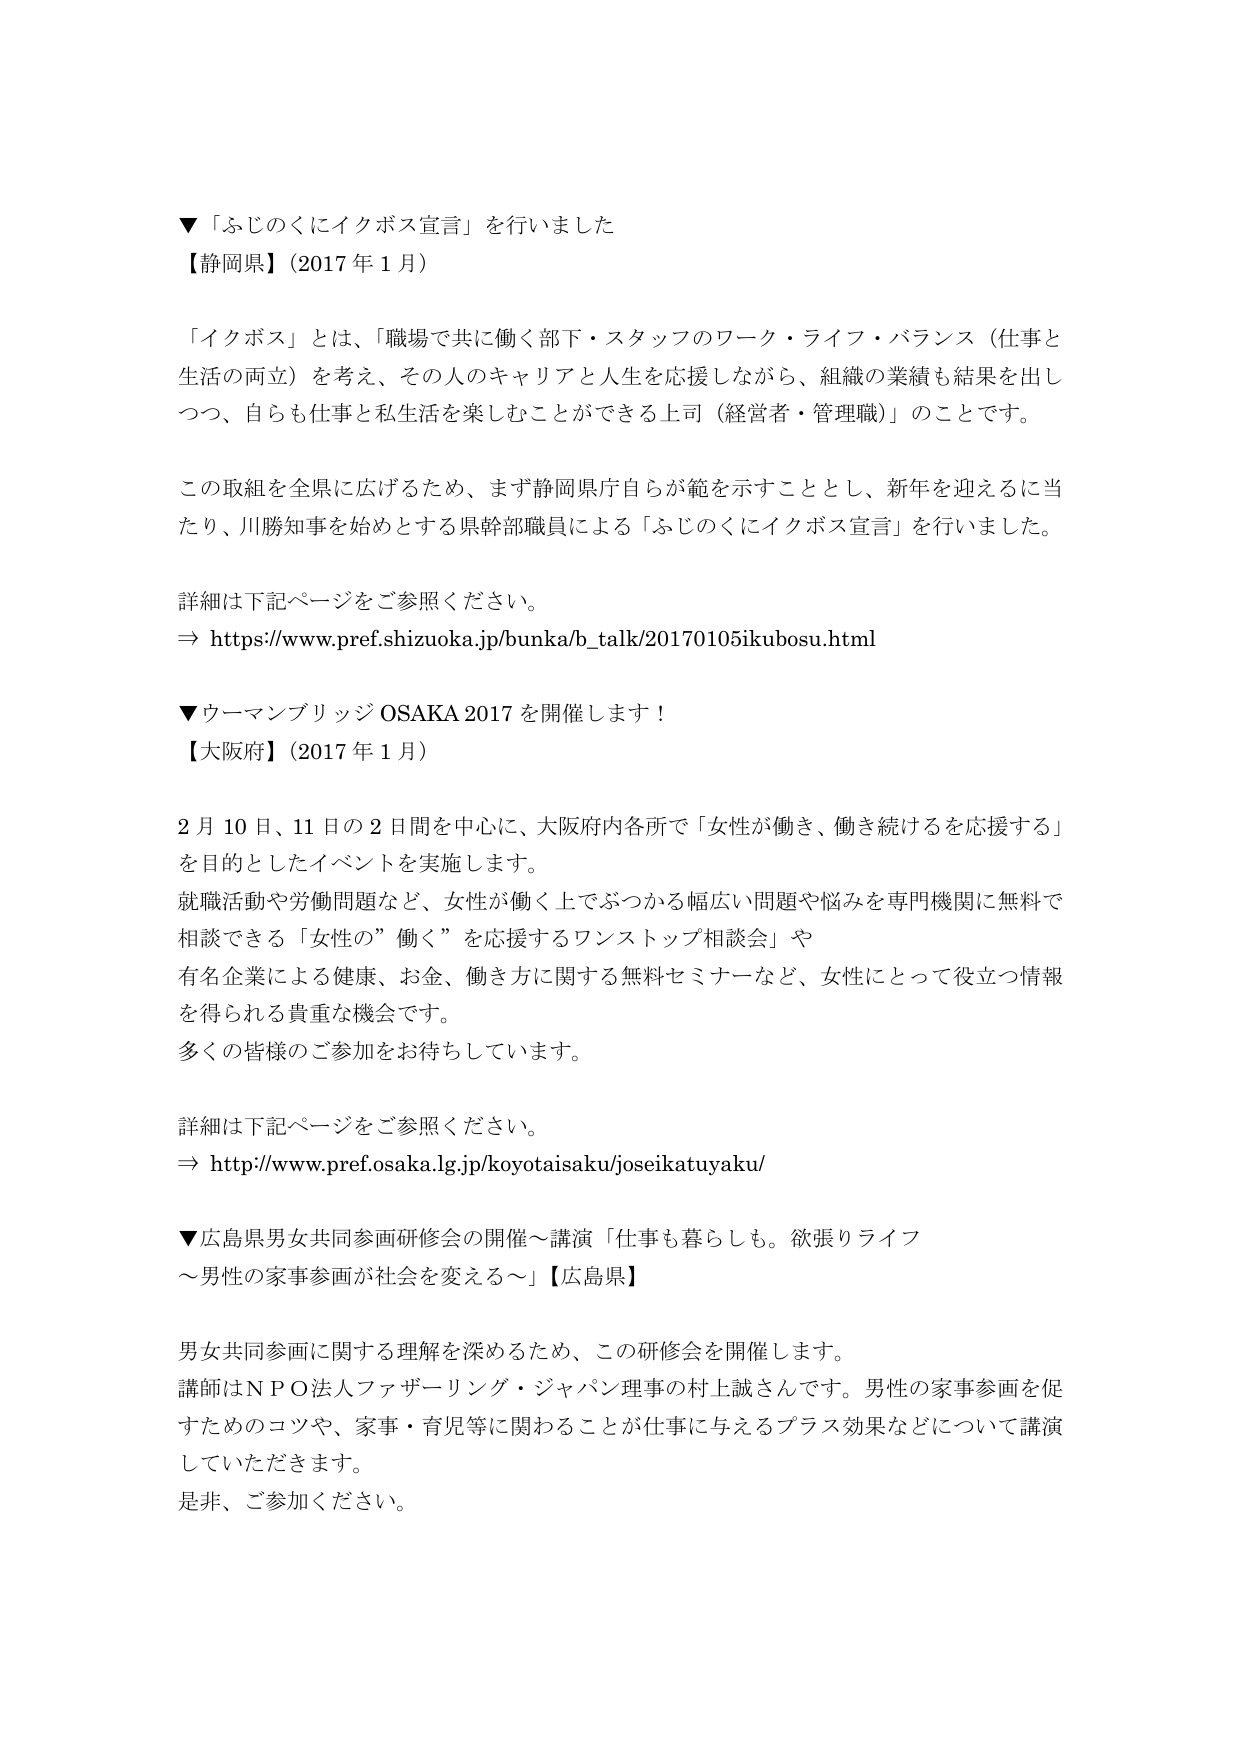
▼「ふじのくにイクボス宣言」を行いました
【静岡県】（2017年1月）

「イクボス」とは、「職場で共に働く部下・スタッフのワーク・ライフ・バランス（仕事と生活の両立）を考え、その人のキャリアと人生を応援しながら、組織の業績も結果を出しつつ、自らも仕事と私生活を楽しむことができる上司（経営者・管理職）」のことです。

この取組を全県に広げるため、まず静岡県庁自らが範を示すこととし、新年を迎えるに当たり、川勝知事を始めとする県幹部職員による「ふじのくにイクボス宣言」を行いました。

詳細は下記ページをご参照ください。
⇒ https://www.pref.shizuoka.jp/bunka/b_talk/20170105ikubosu.html

▼ウーマンブリッジOSAKA 2017を開催します！
【大阪府】（2017年1月）

2月10日、11日の2日間を中心に、大阪府内各所で「女性が働き、働き続けるを応援する」を目的としたイベントを実施します。
就職活動や労働問題など、女性が働く上でぶつかる幅広い問題や悩みを専門機関に無料で相談できる「女性の”働く”を応援するワンストップ相談会」や
有名企業による健康、お金、働き方に関する無料セミナーなど、女性にとって役立つ情報を得られる貴重な機会です。
多くの皆様のご参加をお待ちしています。

詳細は下記ページをご参照ください。
⇒ http://www.pref.osaka.lg.jp/koyotaisaku/joseikatuyaku/

▼広島県男女共同参画研修会の開催～講演「仕事も暮らしも。欲張りライフ～男性の家事参画が社会を変える～」【広島県】

男女共同参画に関する理解を深めるため、この研修会を開催します。
講師はNPO法人ファザーリング・ジャパン理事の村上誠さんです。男性の家事参画を促すためのコツや、家事・育児等に関わることが仕事に与えるプラス効果などについて講演していただきます。
是非、ご参加ください。